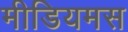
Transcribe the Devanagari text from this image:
मीडियमस